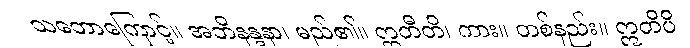
သဘောကြောင့်။ အဘိနန္ဒနာ၊ မည်၏။ ဣတီတိ၊ ကား။ တစ်နည်း။ ဣတိပိ